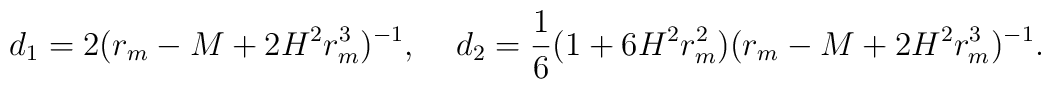
d_1=2(r_m-M+2H^2r^3_m)^{-1},\;\;\;\;d_2=\frac{1}{6}(1+6H^2r^2_m)(r_m-M+2H^2r^3_m)^{-1}.